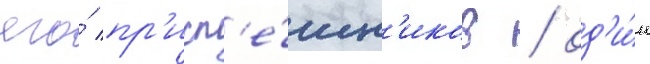
его́ пр'исп'е́шн'иков / од'и́н